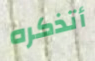
أتذكره